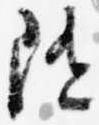
随